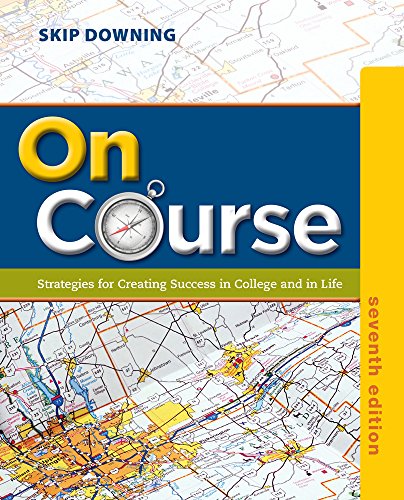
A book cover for On Course: Strategies for Creating Success in College and in Life (Textbook-specific CSFI); Skip Downing; Education & Teaching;